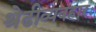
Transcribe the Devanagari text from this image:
श्रेढीव्यवहारः